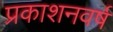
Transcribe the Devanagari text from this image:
प्रकाशनवर्ष